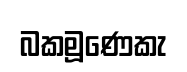
බකමූණෙකැ